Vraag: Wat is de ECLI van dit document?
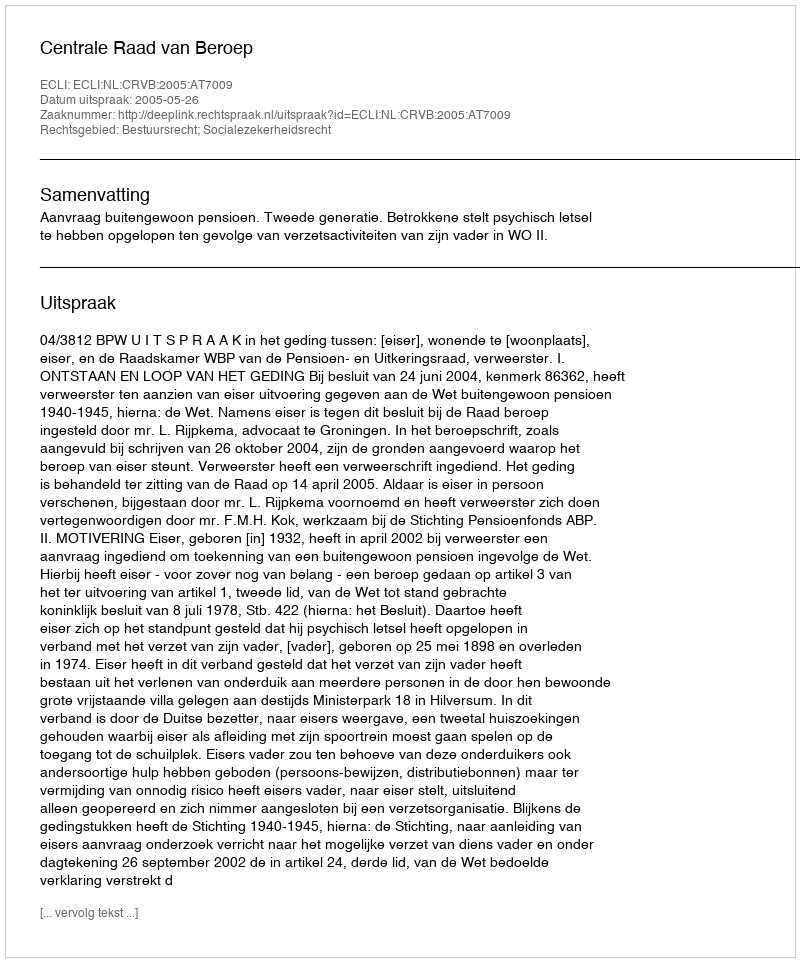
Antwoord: ECLI:NL:CRVB:2005:AT7009